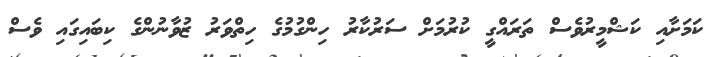
ކަމަށާއި ކަޝްމީރުވެސް ތަރައްގީ ކުރުމަށް ސަރުކާރު ހިންގުމުގެ ހިތްވަރު ޒުވާނުންގެ ކިބައިގައި ވެސް